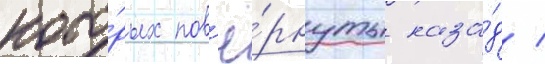
кото́рых пов'ё́рнуты наза́д /